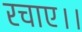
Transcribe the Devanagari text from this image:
रचाए।।